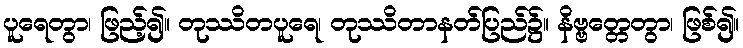
ပူရေတွာ၊ ဖြည့်၍။ တုဿိတပူရေ၊ တုဿိတာနတ်ပြည်၌။ နိဗ္ဗတ္တေတွာ၊ ဖြစ်၍။